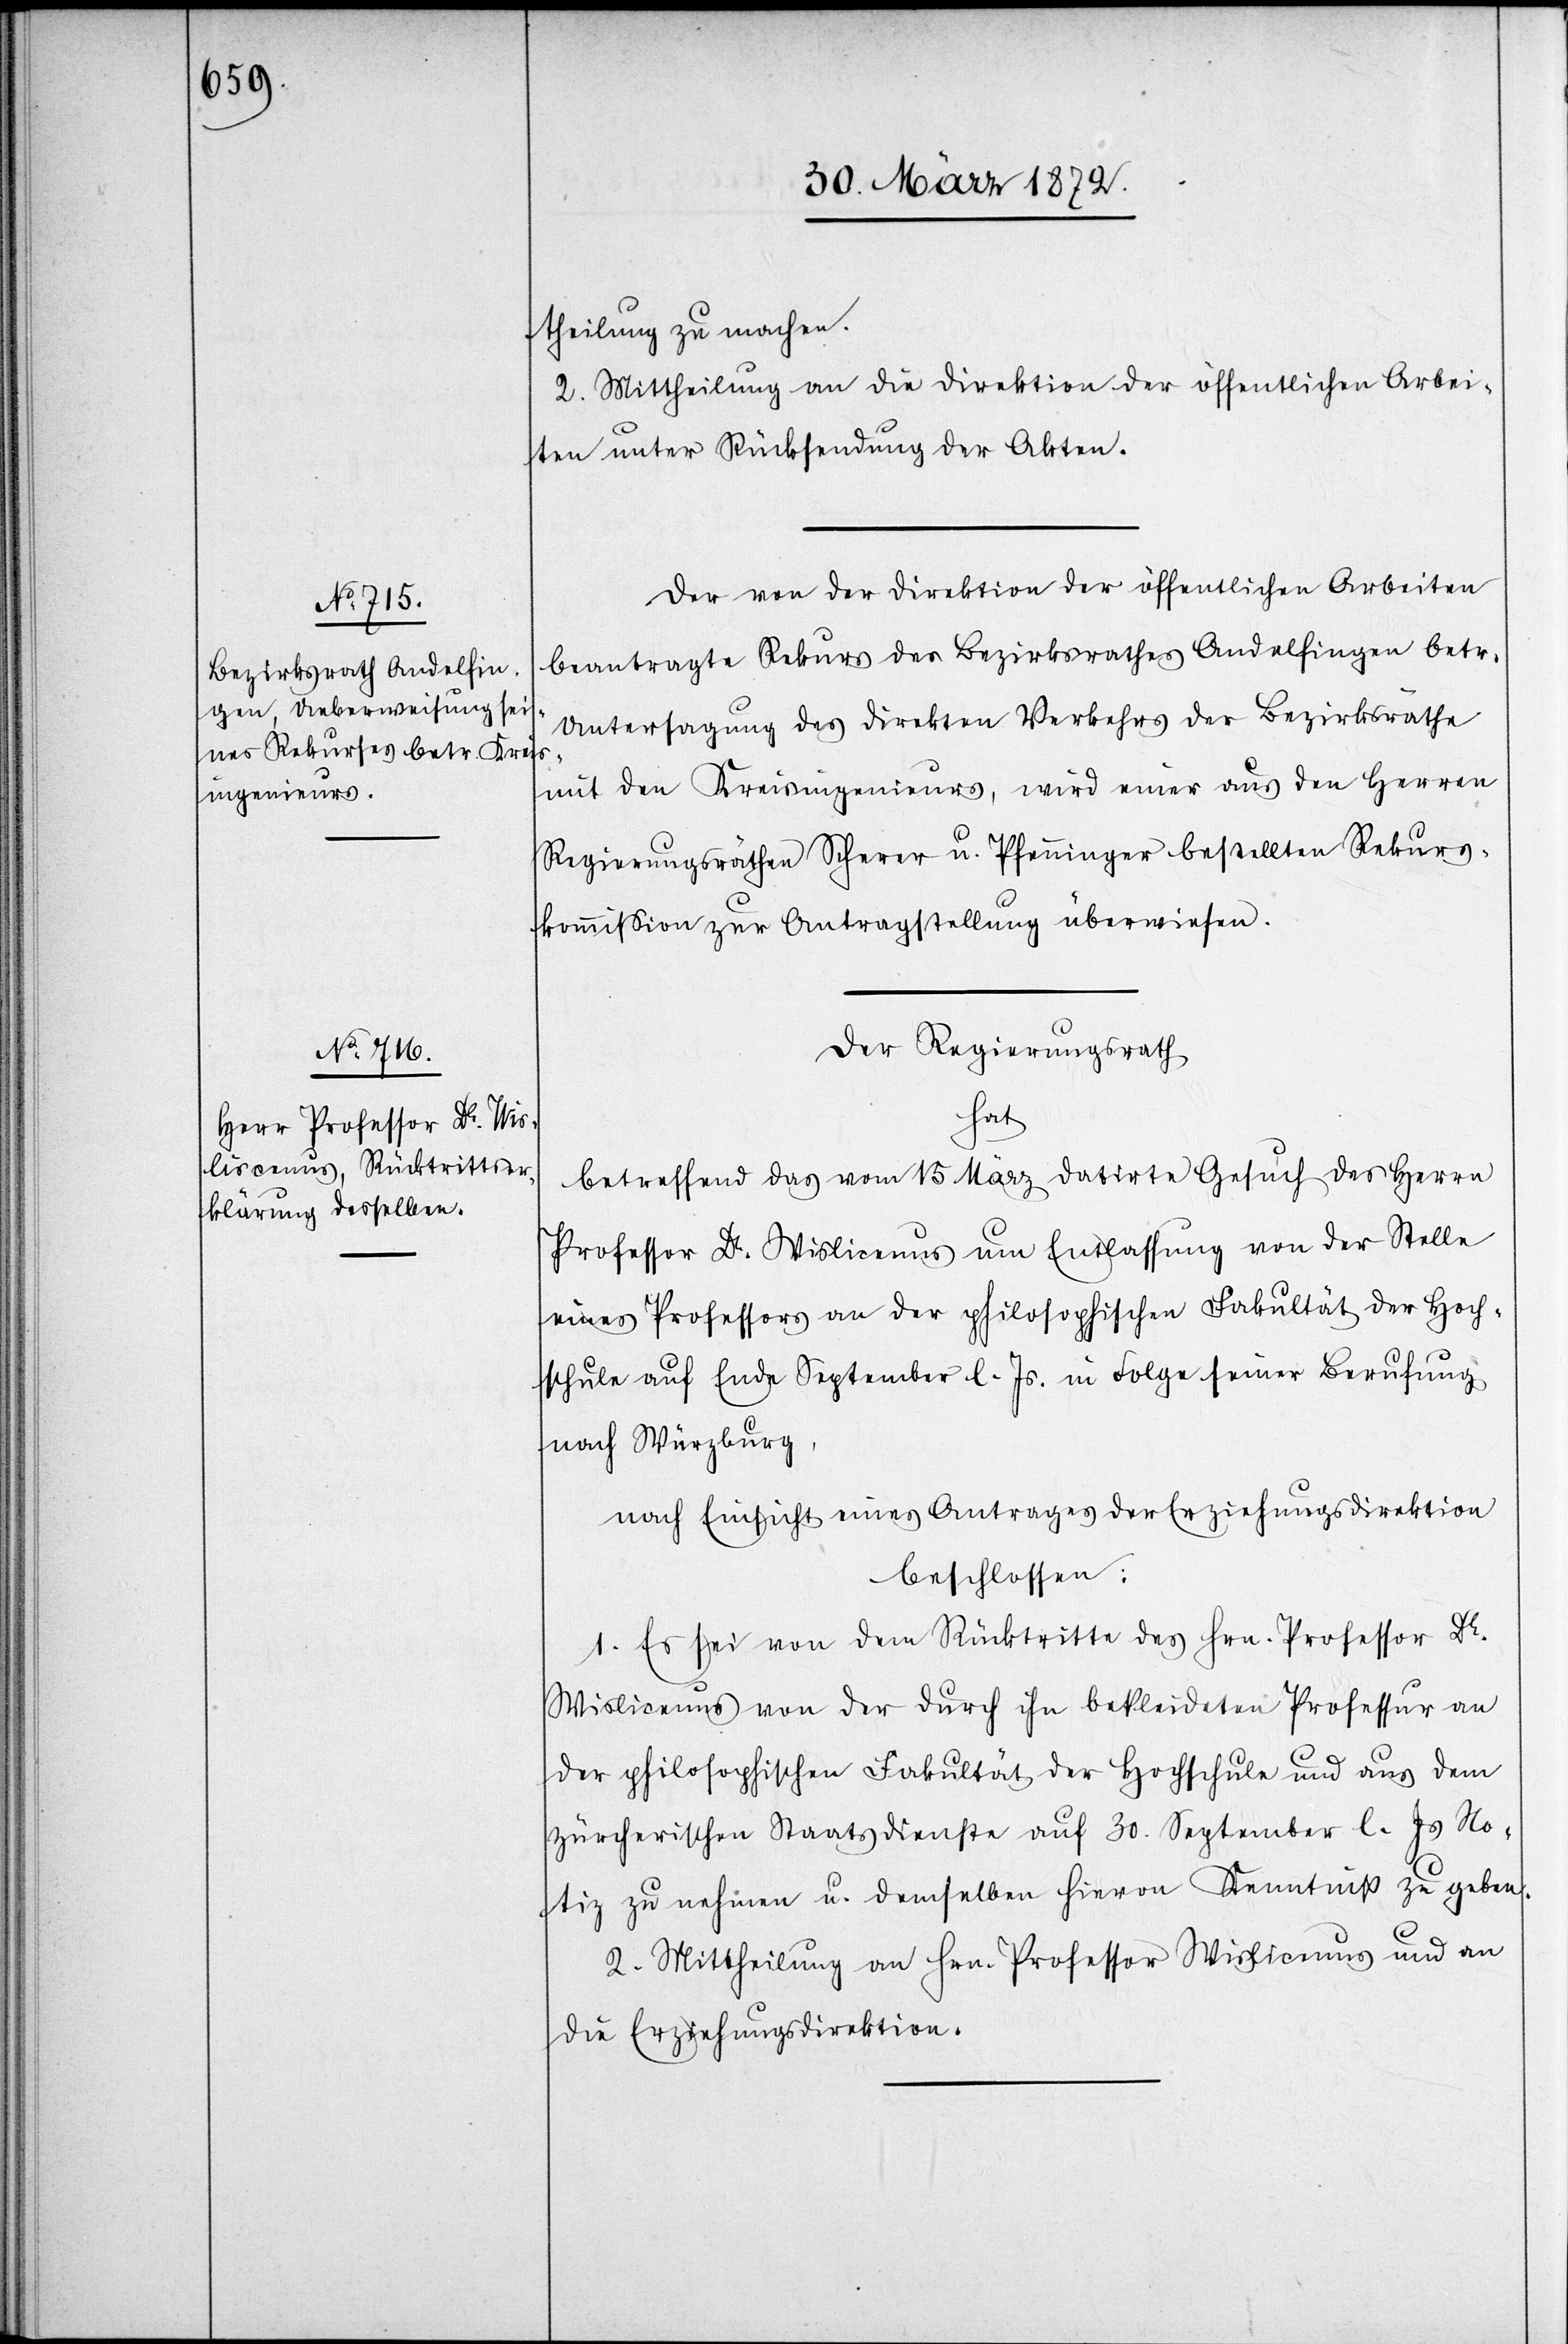
theilung zu machen.
2. Mittheilung an die Direktion der öffentlichen Arbei¬
ten unter Rücksendung der Akten.
Der von der Direktion der öffentlichen Arbeiten
beantragte Rekurs des Bezirksrathes Andelfingen betr.
Untersagung des direkten Verkehrs der Bezirksräthe
mit den Kreisingenieurs, wird einer aus den Herren
Regierungsräthen Scherer u. Pfenninger bestellten Rekurs¬
kommission zur Antragstellung überwiesen.
Der Regierungsrath
hat
betreffend das vom 15 März datirte Gesuch des Herren
Professor Dr. Wislicenus um Entlassung von der Stelle
eines Professors an der philosophischen Fakultät der Hoch¬
schule auf Ende September l. Js. in Folge seiner Berufung
nach Würzburg,
nach Einsicht eines Antrages der Erziehungsdirektion
beschlossen:
1. Es sei von dem Rücktritte des Hrn. Professor Dr.
Wislicenus von der durch ihn bekleideten Professur an
der philosophischen Fakultät der Hochschule und aus dem
zürcherischen Staatsdienste auf 30. September l. Js No¬
tiz zu nehmen u. demselben hievon Kenntniß zu geben.
2. Mittheilung an Hrn. Professor Wislicenus und an
die Erziehungsdirektion.